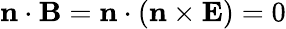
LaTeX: \mathbf{n}\cdot\mathbf{B}=\mathbf{n}\cdot(\mathbf{n}\times\mathbf{E})=0